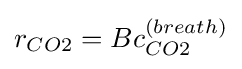
r_{CO2}=Bc_{CO2}^{(breath)}